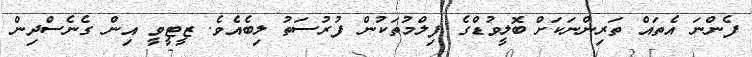
ފެންނަ އެތައް ތަރިންނަކަށް ބޮލީވުޑްގެ ފިލްމުތަކުން ފުރުސަތު ލިބެއެވެ. ޒީޓީވީ އިން ގެނެސްދިން